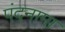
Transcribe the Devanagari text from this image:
पंदनामा